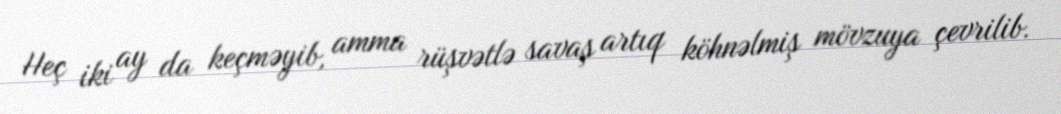
Heç iki ay da keçməyib, amma rüşvətlə savaş artıq köhnəlmiş mövzuya çevrilib.